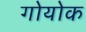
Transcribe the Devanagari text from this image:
गोयोक